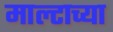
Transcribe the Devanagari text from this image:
माल्टाच्या